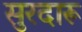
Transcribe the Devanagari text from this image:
सुरदारू